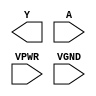
module sky130_fd_sc_hs__clkdlyinv3sd3 (
    Y   ,
    A   ,
    VPWR,
    VGND
);

    output Y   ;
    input  A   ;
    input  VPWR;
    input  VGND;
endmodule